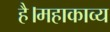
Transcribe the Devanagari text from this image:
है।महाकाव्य